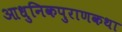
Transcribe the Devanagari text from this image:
आधुनिकपुराणकथा